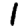
Digit: 1